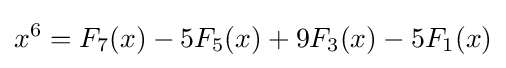
x^{6}=F_{7}(x)-5F_{5}(x)+9F_{3}(x)-5F_{1}(x)